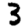
Digit: 3